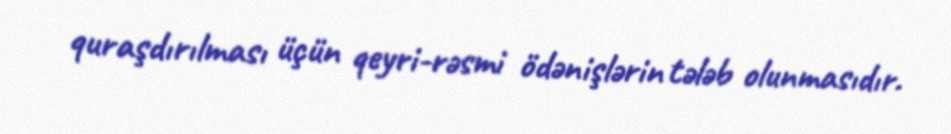
quraşdırılması üçün qeyri-rəsmi ödənişlərin tələb olunmasıdır.